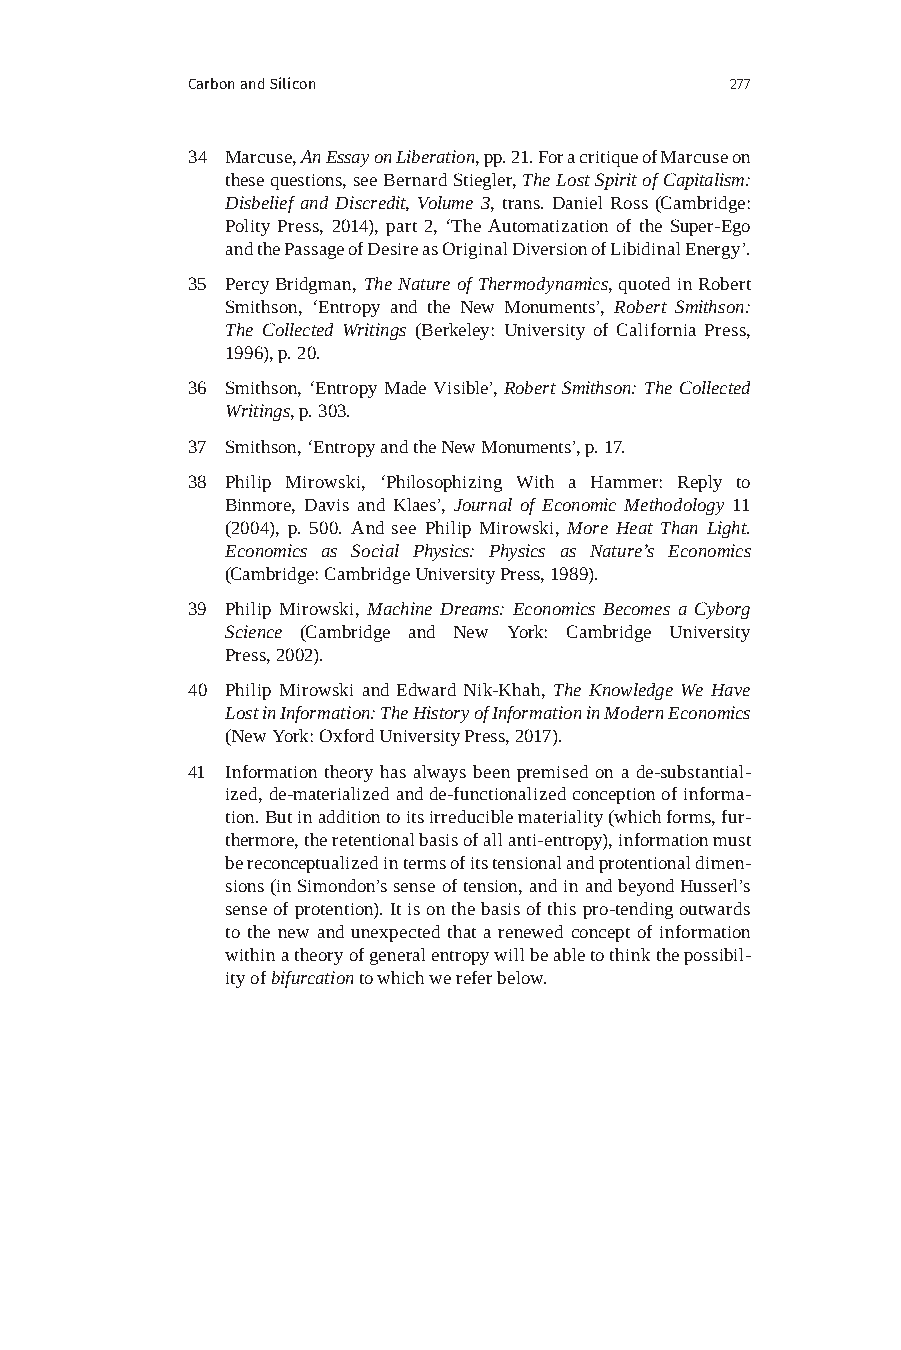
Carbon and Silicon                  277
 34 Marcuse, An Essay on Liberation, pp. 21. For a critique of Marcuse on
 these questions, see Bernard Stiegler, The Lost Spirit of Capitalism:
 Disbelief and Discredit, Volume 3, trans. Daniel Ross (Cambridge:
 Polity Press, 2014), part 2, ‘The Automatization of the Super-Ego
 and the Passage of Desire as Original Diversion of Libidinal Energy’.
 35 Percy Bridgman, The Nature of Thermodynamics, quoted in Robert
 Smithson, ‘Entropy and the New Monuments’, Robert Smithson:
 The Collected Writings (Berkeley: University of California Press,
 1996), p. 20.
 36 Smithson, ‘Entropy Made Visible’, Robert Smithson: The Collected
 Writings, p. 303.
 37 Smithson, ‘Entropy and the New Monuments’, p. 17.
 38 Philip Mirowski, ‘Philosophizing With a Hammer: Reply to
 Binmore, Davis and Klaes’, Journal of Economic Methodology 11
 (2004), p. 500. And see Philip Mirowski, More Heat Than Light.
 Economics as Social Physics: Physics as Nature’s Economics
 (Cambridge: Cambridge University Press, 1989).
 39 Philip Mirowski, Machine Dreams: Economics Becomes a Cyborg
 Science (Cambridge and New York: Cambridge University
 Press, 2002).
 40 Philip Mirowski and Edward Nik-Khah, The Knowledge We Have
 Lost in Information: The History of Information in Modern Economics
 (New York: Oxford University Press, 2017).
 41 Information theory has always been premised on a de-substantial-
 ized, de-materialized and de-functionalized conception of informa-
 tion. But in addition to its irreducible materiality (which forms, fur-
 thermore, the retentional basis of all anti-entropy), information must
 be reconceptualized in terms of its tensional and protentional dimen-
 sions (in Simondon’s sense of tension, and in and beyond Husserl’s
 sense of protention). It is on the basis of this pro-tending outwards
 to the new and unexpected that a renewed concept of information
 within a theory of general entropy will be able to think the possibil-
 ity of bifurcation to which we refer below.